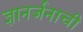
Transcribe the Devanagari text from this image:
ज्ञानर्जनाची